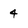
Character: 4